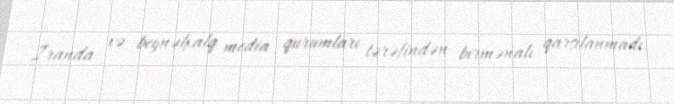
İranda və beynəlxalq media qurumları tərəfindən birmənalı qarşılanmadı.